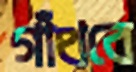
গাঁথবে